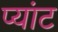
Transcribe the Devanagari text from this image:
प्यांट